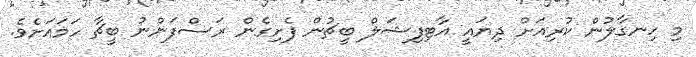
މި ހިނގާލުން ކުރިއަށް ދިޔައީ އާޓިފިޝަލް ބީޗުން ފެށިގެން ރަސްފަންނު ބީޗާ ހަމައަށެވެ.